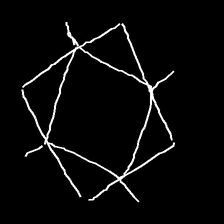
Glyph: light